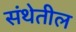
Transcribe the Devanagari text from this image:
संथेतील